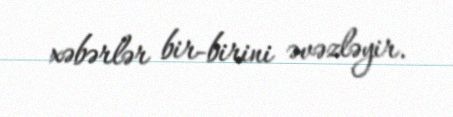
xəbərlər bir-birini əvəzləyir.